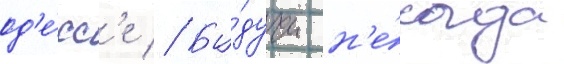
од'е́сс'е // Бу́дучи н'е́когда